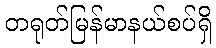
တရုတ်မြန်မာနယ်စပ်ရှိ